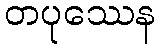
တပုဿေန